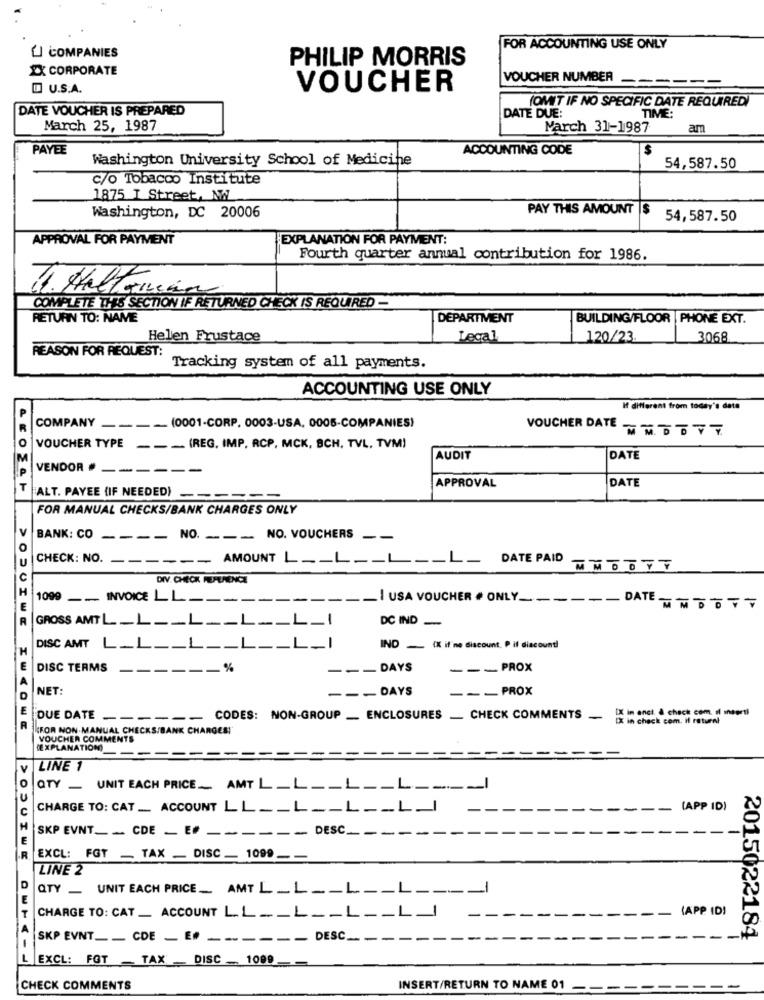
LI COMPANIES
FOR ACCOUNTING USE ONLY
PHILIP MORRIS
2X CORPORATE
VOUCHER NUMBER
U.S.A.
VOUCHER
(OMIT IF NO SPECIFIC DATE REQUIRED
DATE VOUCHER IS PREPARED
DATE DUE:
TIME:
March 25, 1987
March 31-1987
am
PAYEE
ACCOUNTING CODE
Washington University School of Medicine
54,587.50
c/o Tobacco Institute
1875 T Street, NW
PAY THIS AMOUNT
Washington, DC 20006
54,587.50
APPROVAL FOR PAYMENT
EXPLANATION FOR PAYMENT:
Fourth quarter annual contribution for 1986.
4. Halten
COMPLETE THIS SECTION IF RETURNED CHECK IS REQUIRED -
RETURN TO: NAME
DEPARTMENT
BUILDING/FLOOR | PHONE EXT.
Helen Frustace
Legal
120/23.
3068
REASON FOR REQUEST:
Tracking system of all payments.
ACCOUNTING USE ONLY
If different from today's date
COMPANY ____ (0001-CORP. 0003-USA, 0005-COMPANIES)
VOUCHER DATE _
VOUCHER TYPE
--- (REG. IMP, RCP, MCK, BCH, TVL, TVM!
AUDIT
DATE
VENDOR - ------
APPROVAL
DATE
ALT. PAYEE (IF NEEDED) ------
FOR MANUAL CHECKS/BANK CHARGES ONLY
BANK: CO ____ NO. ___ NO. VOUCHERS - -
CHECK: NO.
------ AMOUNT L __ L_
_ DATE PAID
DIV. CHECK REFERENCE
1099 __ INVOICE LL ----
--
I USA VOUCHER # ONLY _-----
- DATE MMDOTT
GROSS AMTL_L __ L __ L __ L_I
DC IND
-
DISC AMT L_L __ L _-
IND - IX if'ne discount. P if discount!
DISC TERMS
------ %
--- DAYS
--- PROX
NET:
-- DAYS
--- PROX
DUE DATE _----- CODES: NON-GROUP _ ENCLOSURES _ CHECK COMMENTS . IX in enct . check com d megntl
[X in check com. il ratural
KFOR NON-MANUAL CHECKS/BANK CHARGES!
VOUCHER COMMENTS
(EXPLANATION)
----
-
LINE 1
QTY_ UNIT EACH PRICE_ AMT L_L __ L __ L ----
CHARGE TO: CAT __ ACCOUNT LL __ L __ L __ L_I
(APP ID)
SKP EVNT __. CDE - EF -
--- DESC __
EXCL: FGT _ TAX _ DISC _ 1099 __
LINE 2
QTY _ UNIT EACH PRICE_ AMT L _L __ L __ L ----
(APP ID!
CHARGE TO: CAT _ ACCOUNT LL __ L __ L __ L_I
SKP EVNT __ CDE - E ------
DESC ----
2015022184
EXCL: FOT
- TAX DISC _ 1009
CHECK COMMENTS
INSERT/RETURN TO NAME 01